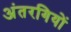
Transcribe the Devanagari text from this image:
अंतरगियों